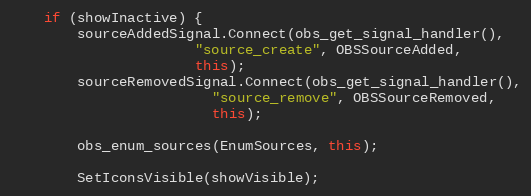
Language: C++
	if (showInactive) {
		sourceAddedSignal.Connect(obs_get_signal_handler(),
					  "source_create", OBSSourceAdded,
					  this);
		sourceRemovedSignal.Connect(obs_get_signal_handler(),
					    "source_remove", OBSSourceRemoved,
					    this);

		obs_enum_sources(EnumSources, this);

		SetIconsVisible(showVisible);